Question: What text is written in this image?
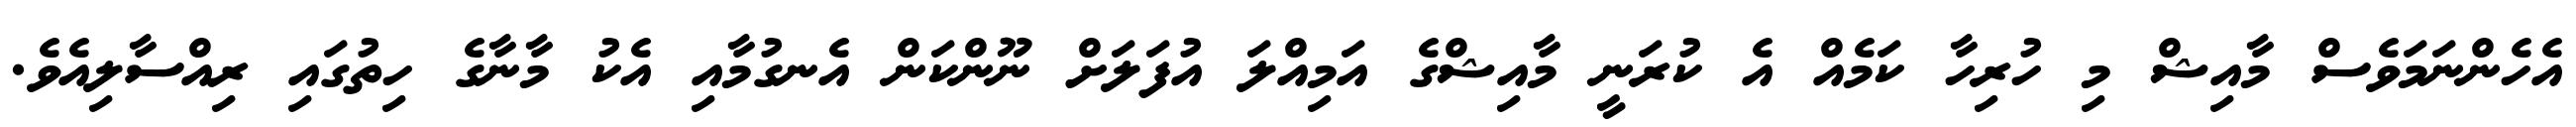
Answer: އެހެންނަމަވެސް މާއިޝް މި ހުރިހާ ކަމެއް އެ ކުރަނީ މާއިޝްގެ އަމިއްލަ އުފަލަށް ނޫންކަން އެނގުމާއި އެކު މާނާގެ ހިތުގައި ރިއްސާލިއެވެ.